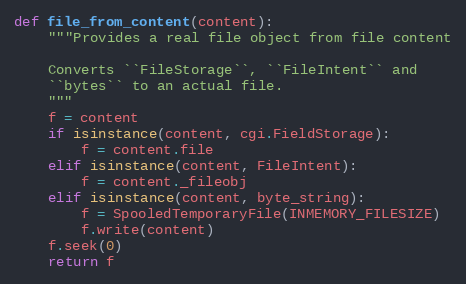
Language: Python
def file_from_content(content):
    """Provides a real file object from file content

    Converts ``FileStorage``, ``FileIntent`` and
    ``bytes`` to an actual file.
    """
    f = content
    if isinstance(content, cgi.FieldStorage):
        f = content.file
    elif isinstance(content, FileIntent):
        f = content._fileobj
    elif isinstance(content, byte_string):
        f = SpooledTemporaryFile(INMEMORY_FILESIZE)
        f.write(content)
    f.seek(0)
    return f